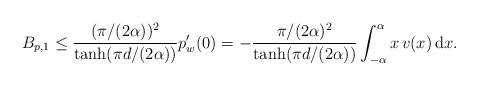
LaTeX: \begin{align*}B_{p,1} \leq \frac{ (\pi/(2\alpha))^{2} }{\tanh(\pi d/(2 \alpha))} p_{w}'(0) =- \frac{ \pi/(2\alpha)^{2} }{\tanh(\pi d/(2 \alpha))}\int_{-\alpha}^{\alpha} x\, v(x)\, \mathrm{d}x. \end{align*}